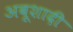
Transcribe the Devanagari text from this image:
अबूशादी